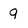
Character: 9